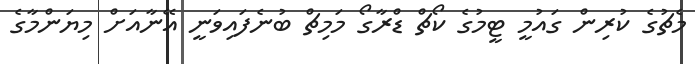
މެޗުގެ ކުރިން ގައުމީ ޓީމުގެ ކޯޗް ޑްރާގޯ މަމިޗް ބުނެފައިވަނީ އޭނާއަށް މިޔަންމާގެ